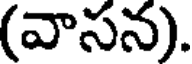
(వాసన).